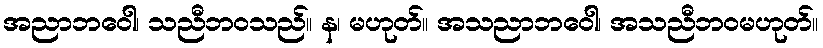
အညာဘဝေါ၊ သညီဘဝသည်။ န၊ မဟုတ်။ အသညာဘဝေါ၊ အသညီဘဝမဟုတ်။